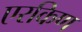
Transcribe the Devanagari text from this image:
एरकिण